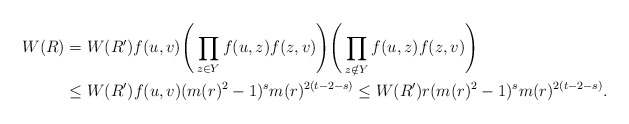
\begin{align*}W(R)&=W(R')f(u,v)\Bigg(\prod_{z\in Y} f(u,z)f(z,v)\Bigg)\Bigg(\prod_{z\notin Y} f(u,z)f(z,v)\Bigg)\\&\leq W(R')f(u,v) (m(r)^2-1)^{s}m(r)^{2(t-2-s)} \leq W(R')r (m(r)^2-1)^{s}m(r)^{2(t-2-s)}.\end{align*}